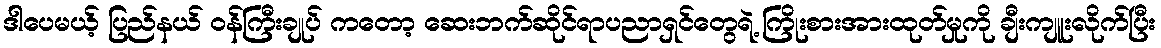
ဒါပေမယ့် ပြည်နယ် ဝန်ကြီးချုပ် ကတော့ ဆေးဘက်ဆိုင်ရာပညာရှင်တွေရဲ့ ကြိုးစားအားထုတ်မှုကို ချီးကျူးလိုက်ပြီး